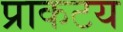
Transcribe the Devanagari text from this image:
प्राकटय